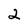
Character: 2